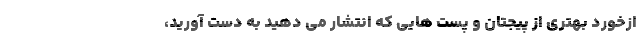
ازخورد بهتری از پیجتان و پست هایی که انتشار می دهید به دست آورید،